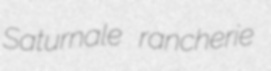
Saturnale rancherie